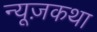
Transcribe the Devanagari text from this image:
न्यूज़कथा